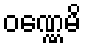
ဝဏ္ဏေမိ